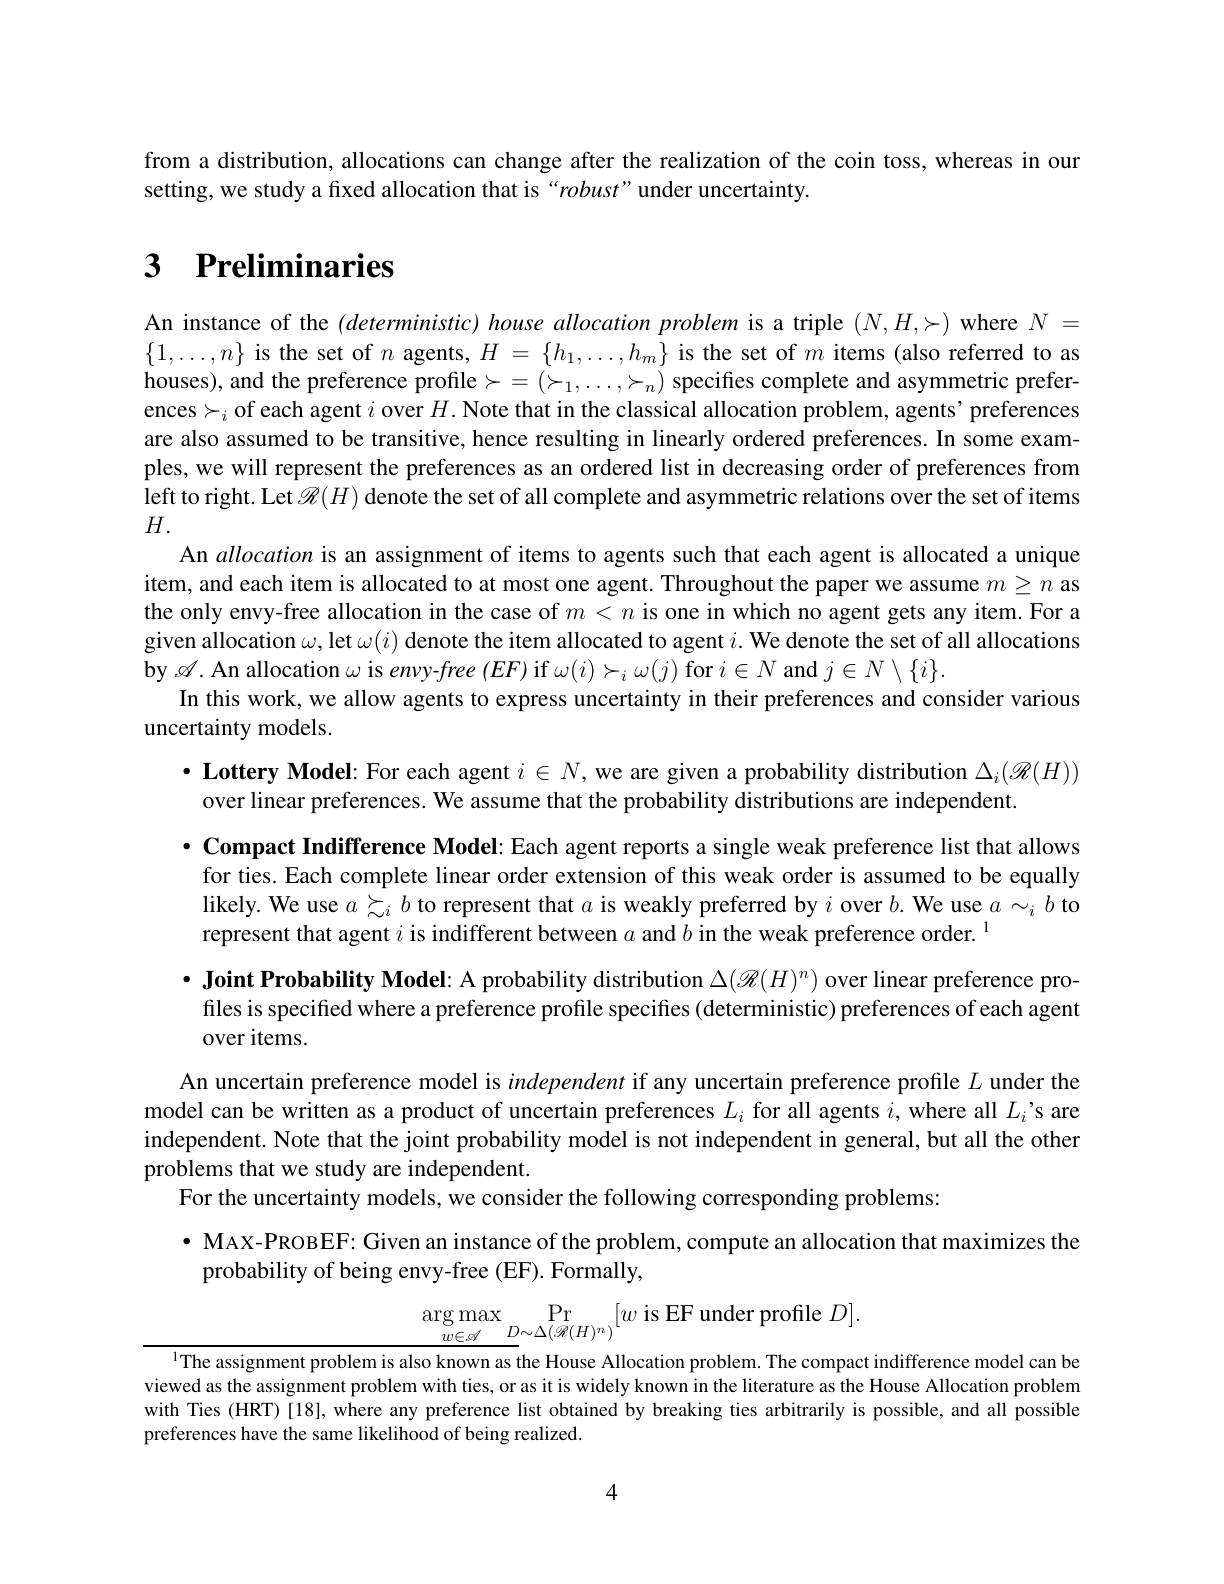
from a distribution, allocations can change after the realization of the coin toss, whereas in our
setting, we study a fixed allocation that is “robust”under uncertainty.

# $\textbf{3}$ $\textbf{Preliminaries}$

An instance of the $(deterministic)$ house allocation problem is a triple $(N,H,\succ)$ where $N=$ $\{1,\ldots,n\}$ is the set of $n$ agents,$H=\{h_1,\ldots,h_m\}$ is the set of $m$ items (also referred to as houses), and the preference profile$\succ=(\succ_1,\ldots,\succ_n)$ specifies complete and asymmetric preferences$\succ_i$ of each agent $i$ over $H.$ Note that in the classical allocation problem, agents’ preferences are also assumed to be transitive, hence resulting in linearly ordered preferences. In some examples, we will represent the preferences as an ordered list in decreasing order of preferences from left to right. Let $\mathscr{R}(H)$ denote the set of all complete and asymmetric relations over the set of items $H.$
An allocation is an assignment of items to agents such that each agent is allocated a unique item, and each item is allocated to at most one agent. Throughout the paper we assume $m\geq n$ as the only envy-free allocation in the case of $m<n$ is one in which no agent gets any item. For a given allocation $\omega$,let $\omega(i)$ denote the item allocated to agent $i.$ We denote the set of all allocations by$\mathscr{A}$. An allocation ω is envy-free ($EF)$ if $\omega(i)\succ_i\omega(j)$ for $i\in N$ and $j\in N\setminus\{i\}.$
In this work, we allow agents to express uncertainty in their preferences and consider various
uncertainty models.
$•$ Lottery Model: For each agent $i\in N$, we are given a probability distribution $\Delta_i(\mathscr{R}(H))$

over linear preferences. We assume that the probability distributions are independent.
$•$ Compact Indifference Model: Each agent reports a single weak preference list that allows
for ties. Each complete linear order extension of this weak order is assumed to be equally likely. We use $a\succsim_ib$ to represent that $a$ is weakly preferred by $i$ over $b.$ We use $a\sim_ib$ to represent that agent $i$ is indifferent between $a$ and $b$ in the weak preference order.$^{1}$
· Joint Probability Model: A probability distribution $\Delta(\mathscr{R}(H)^n)$ over linear preference pro-
files is specified where a preference profile specifies (deterministic) preferences of each agent
over items.
An uncertain preference model is independent if any uncertain preference profile $L$ under the model can be written as a product of uncertain preferences $L_i$ for all agents $i$,where all $L_i’$s are independent. Note that the joint probability model is not independent in general, but all the other problems that we study are independent.
For the uncertainty models, we consider the following corresponding problems:
· MAX-PROBEF: Given an instance of the problem, compute an allocation that maximizes the
probability of being envy-free (EF). Formally,
$$\underset{w\in\mathscr{A}}{\operatorname*{\arg\max}}_{D\sim\Delta(\mathscr{R}(H)^{n})}[w\mathrm{~is~EF~under~profile~}D].$$
$^{1}$The assignment problem is also known as the House Allocation problem. The compact indifference model can be

viewed as the assignment problem with ties, or as it is widely known in the literature as the House Allocation problem with Ties (HRT)[18], where any preference list obtained by breaking ties arbitrarily is possible, and all possible preferences have the same likelihood of being realized.

4